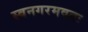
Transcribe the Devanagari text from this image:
स्वनगरमवतः